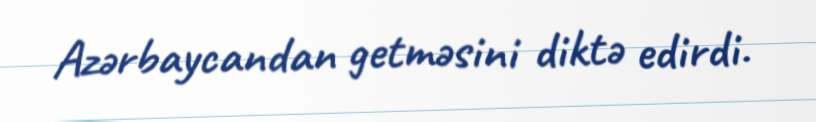
Azərbaycandan getməsini diktə edirdi.